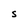
Character: S